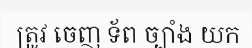
ត្រូវ ចេញ ទ័ព ច្បាំង យក